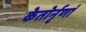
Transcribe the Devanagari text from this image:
केतोर्नृणां